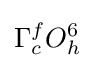
\Gamma _{c}^{f}O_{h}^{6}